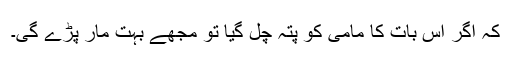
کہ اگر اس بات کا مامی کو پتہ چل گیا تو مجھے بہت مار پڑے گی۔